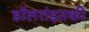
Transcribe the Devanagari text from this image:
डॉलरांइतकी